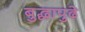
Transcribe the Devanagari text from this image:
बुद्धापुढे